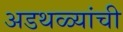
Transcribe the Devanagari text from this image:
अडथळ्यांची